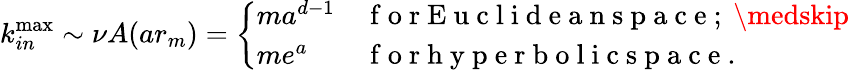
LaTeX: k_{in}^{\operatorname*{max}}\sim\nu A(ar_{m})=\left\{ \begin{array}{ll}{ma^{d-1}}&{\mathrm{~f~o~r~E~u~c~l~i~d~e~a~n~s~p~a~c~e~;~}\medskip}\\ {me^{a}}&{\mathrm{~f~o~r~h~y~p~e~r~b~o~l~i~c~s~p~a~c~e~.~}}\end{array}\right.